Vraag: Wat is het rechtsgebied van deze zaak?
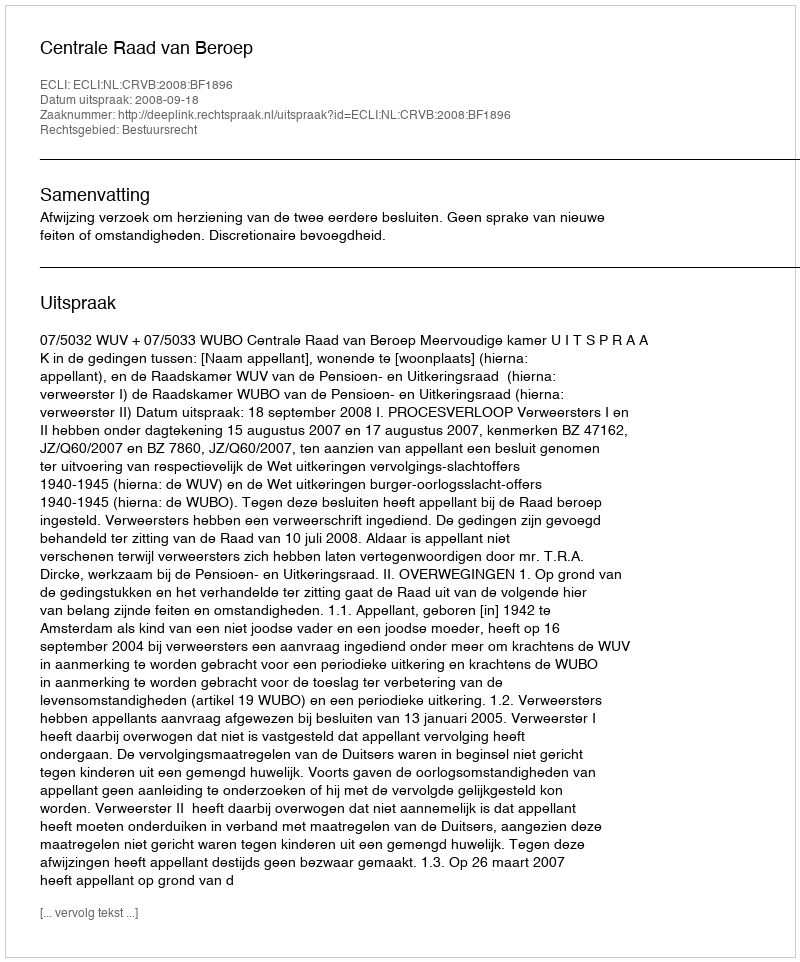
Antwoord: Bestuursrecht